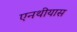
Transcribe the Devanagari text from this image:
एनथीयास